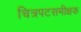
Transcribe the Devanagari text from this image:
चित्रपटसमीक्षक